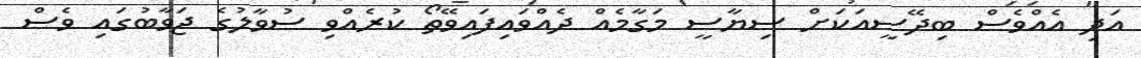
އަދި އެއްވެސް ބިދޭސީއަކަށް ސިޔާސީ މަގާމެއް ދެއްވައިފައިވޭތޯ ކުރެއްވި ސުވާލުގެ ޖަވާބުގައި ވެސް